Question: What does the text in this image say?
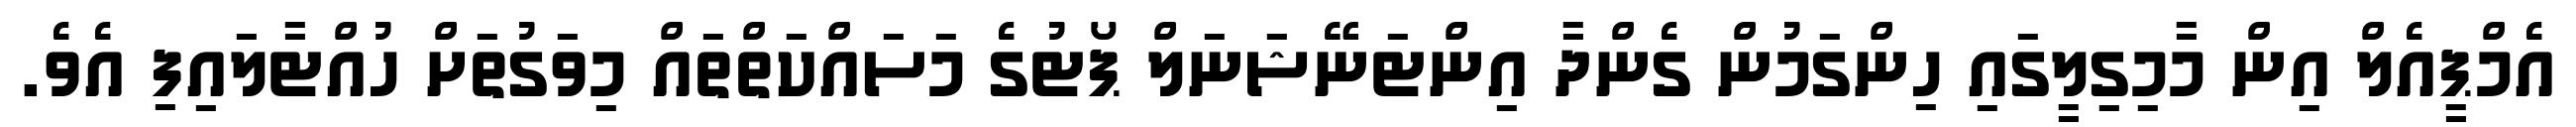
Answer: އެމްޕީއެލް އިން މާމިގިލީގައި ހިންގަމުން ގެންދާ އިންޓަނޭޝަނަލް ޕޯޓުގެ މަސައްކަތްތައް މިވަގުތަށް ހުއްޓާލައިފި އެވެ.